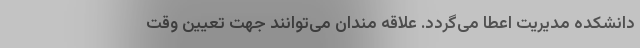
دانشکده مدیریت اعطا می‌گردد. علاقه مندان می‌توانند جهت تعیین وقت